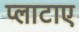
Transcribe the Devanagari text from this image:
प्लाटाए